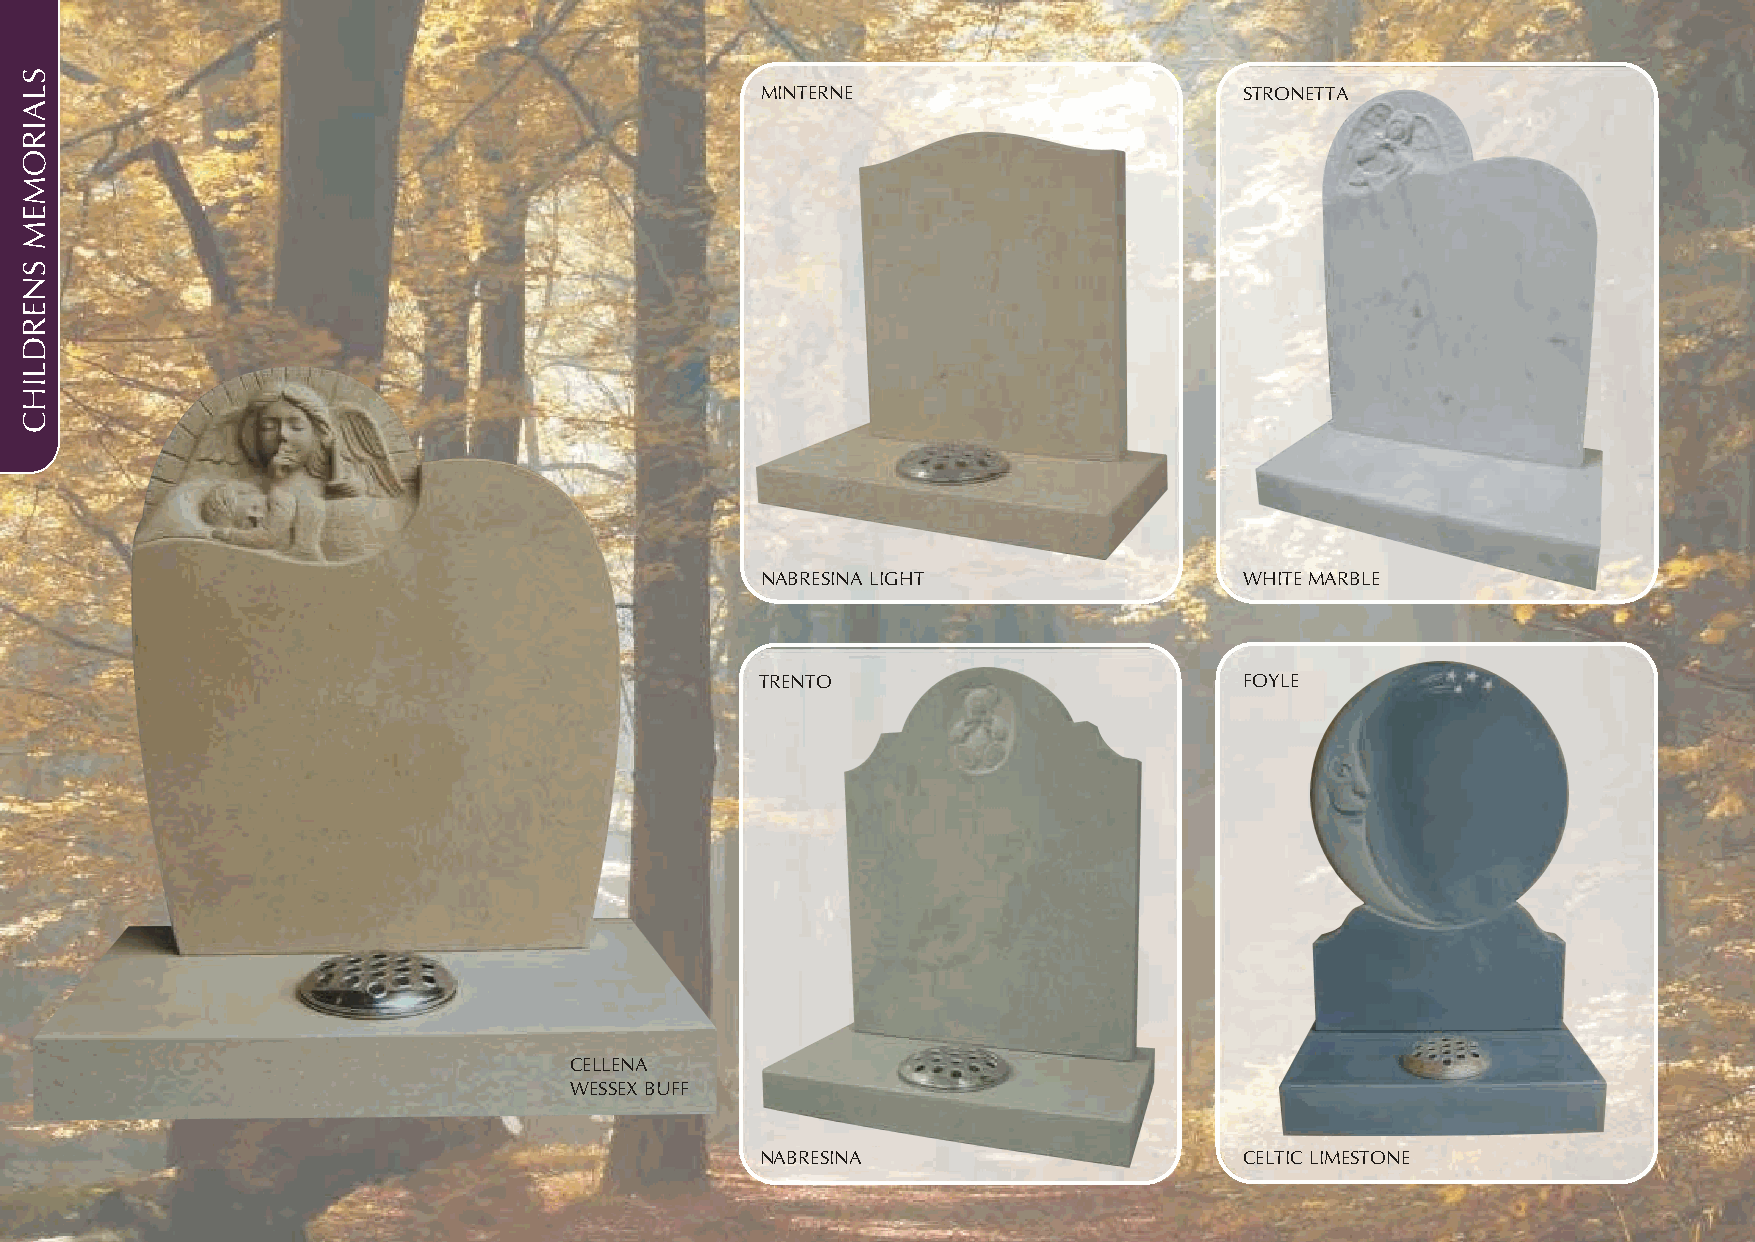
MINTERNE                        STRONETTA
 NABRESINA LIGHT                 WHITE MARBLE
 TRENTO                          FOYLE
 CELLENA
 WESSEX BUFF
 NABRESINA                       CELTIC LIMESTONE
 SLAIROMEM
 SNERDLIHC